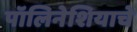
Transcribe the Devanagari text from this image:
पॉलिनेशियाचे